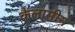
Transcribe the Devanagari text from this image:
कैलामीन